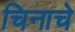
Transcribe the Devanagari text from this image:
चिनाचे